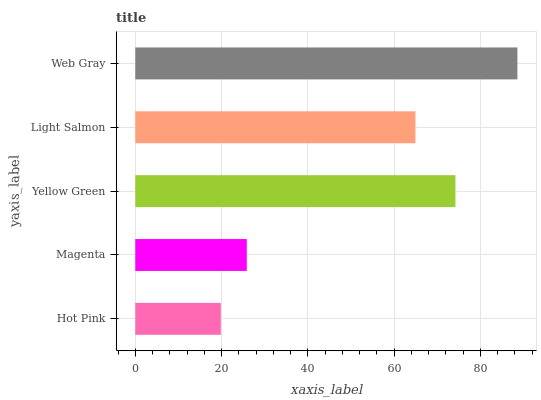
| yaxis_label | bars |
 | --- | --- |
 | Hot Pink | 19.8 |
 | Magenta | 25.9 |
 | Yellow Green | 74.2 |
 | Light Salmon | 65 |
 | Web Gray | 88.6 |